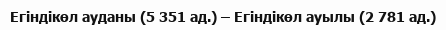
Егіндікөл ауданы (5 351 ад.) – Егіндікөл ауылы (2 781 ад.)